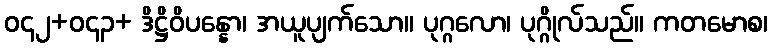
ဝ၄၂+ဝ၄၃+ ဒိဋ္ဌိဝိပန္နော၊ အယူပျက်သော။ ပုဂ္ဂလော၊ ပုဂ္ဂိုလ်သည်။ ကတမောစ၊